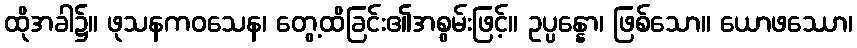
ထိုအခါ၌။ ဖုသနကဝသေန၊ တွေ့ထိခြင်း၏အစွမ်းဖြင့်။ ဥပ္ပန္နော၊ ဖြစ်သော။ ယောဖဿော၊